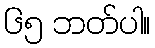
၆၅ ဘတ်ပါ။